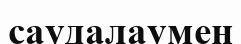
саудалаумен